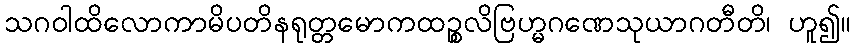
သဂဝါထိလောကာမိပတိနရုတ္တမောကထဉ္စလိဗြဟ္မဂဏေသုယာဂတီတိ၊ ဟူ၍။